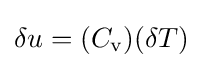
\delta u=(C_{\text{v}})(\delta T)